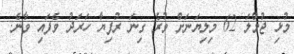
މުޅި ޖުމްލަ 62 މިލިޔަނަށް ވުރެ ގިނަ ރުފިޔާ ހަރަދު ވެފައި ވާނެ.